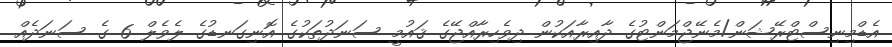
އެޑްމިނިސްޓްރޭޝަން/މެނޭޖްމަންޓުގެ ދާއިރާއަކުން ދިވެހިރާއްޖޭގެ ޤައުމީ ސަނަދުތަކުގެ އޮނިގަނޑުގެ ލެވެލް 6 ގެ ސަނަދެއް